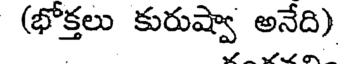
(భొక్తలు కురుష్వా అనేది)